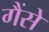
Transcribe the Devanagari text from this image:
गैंसे